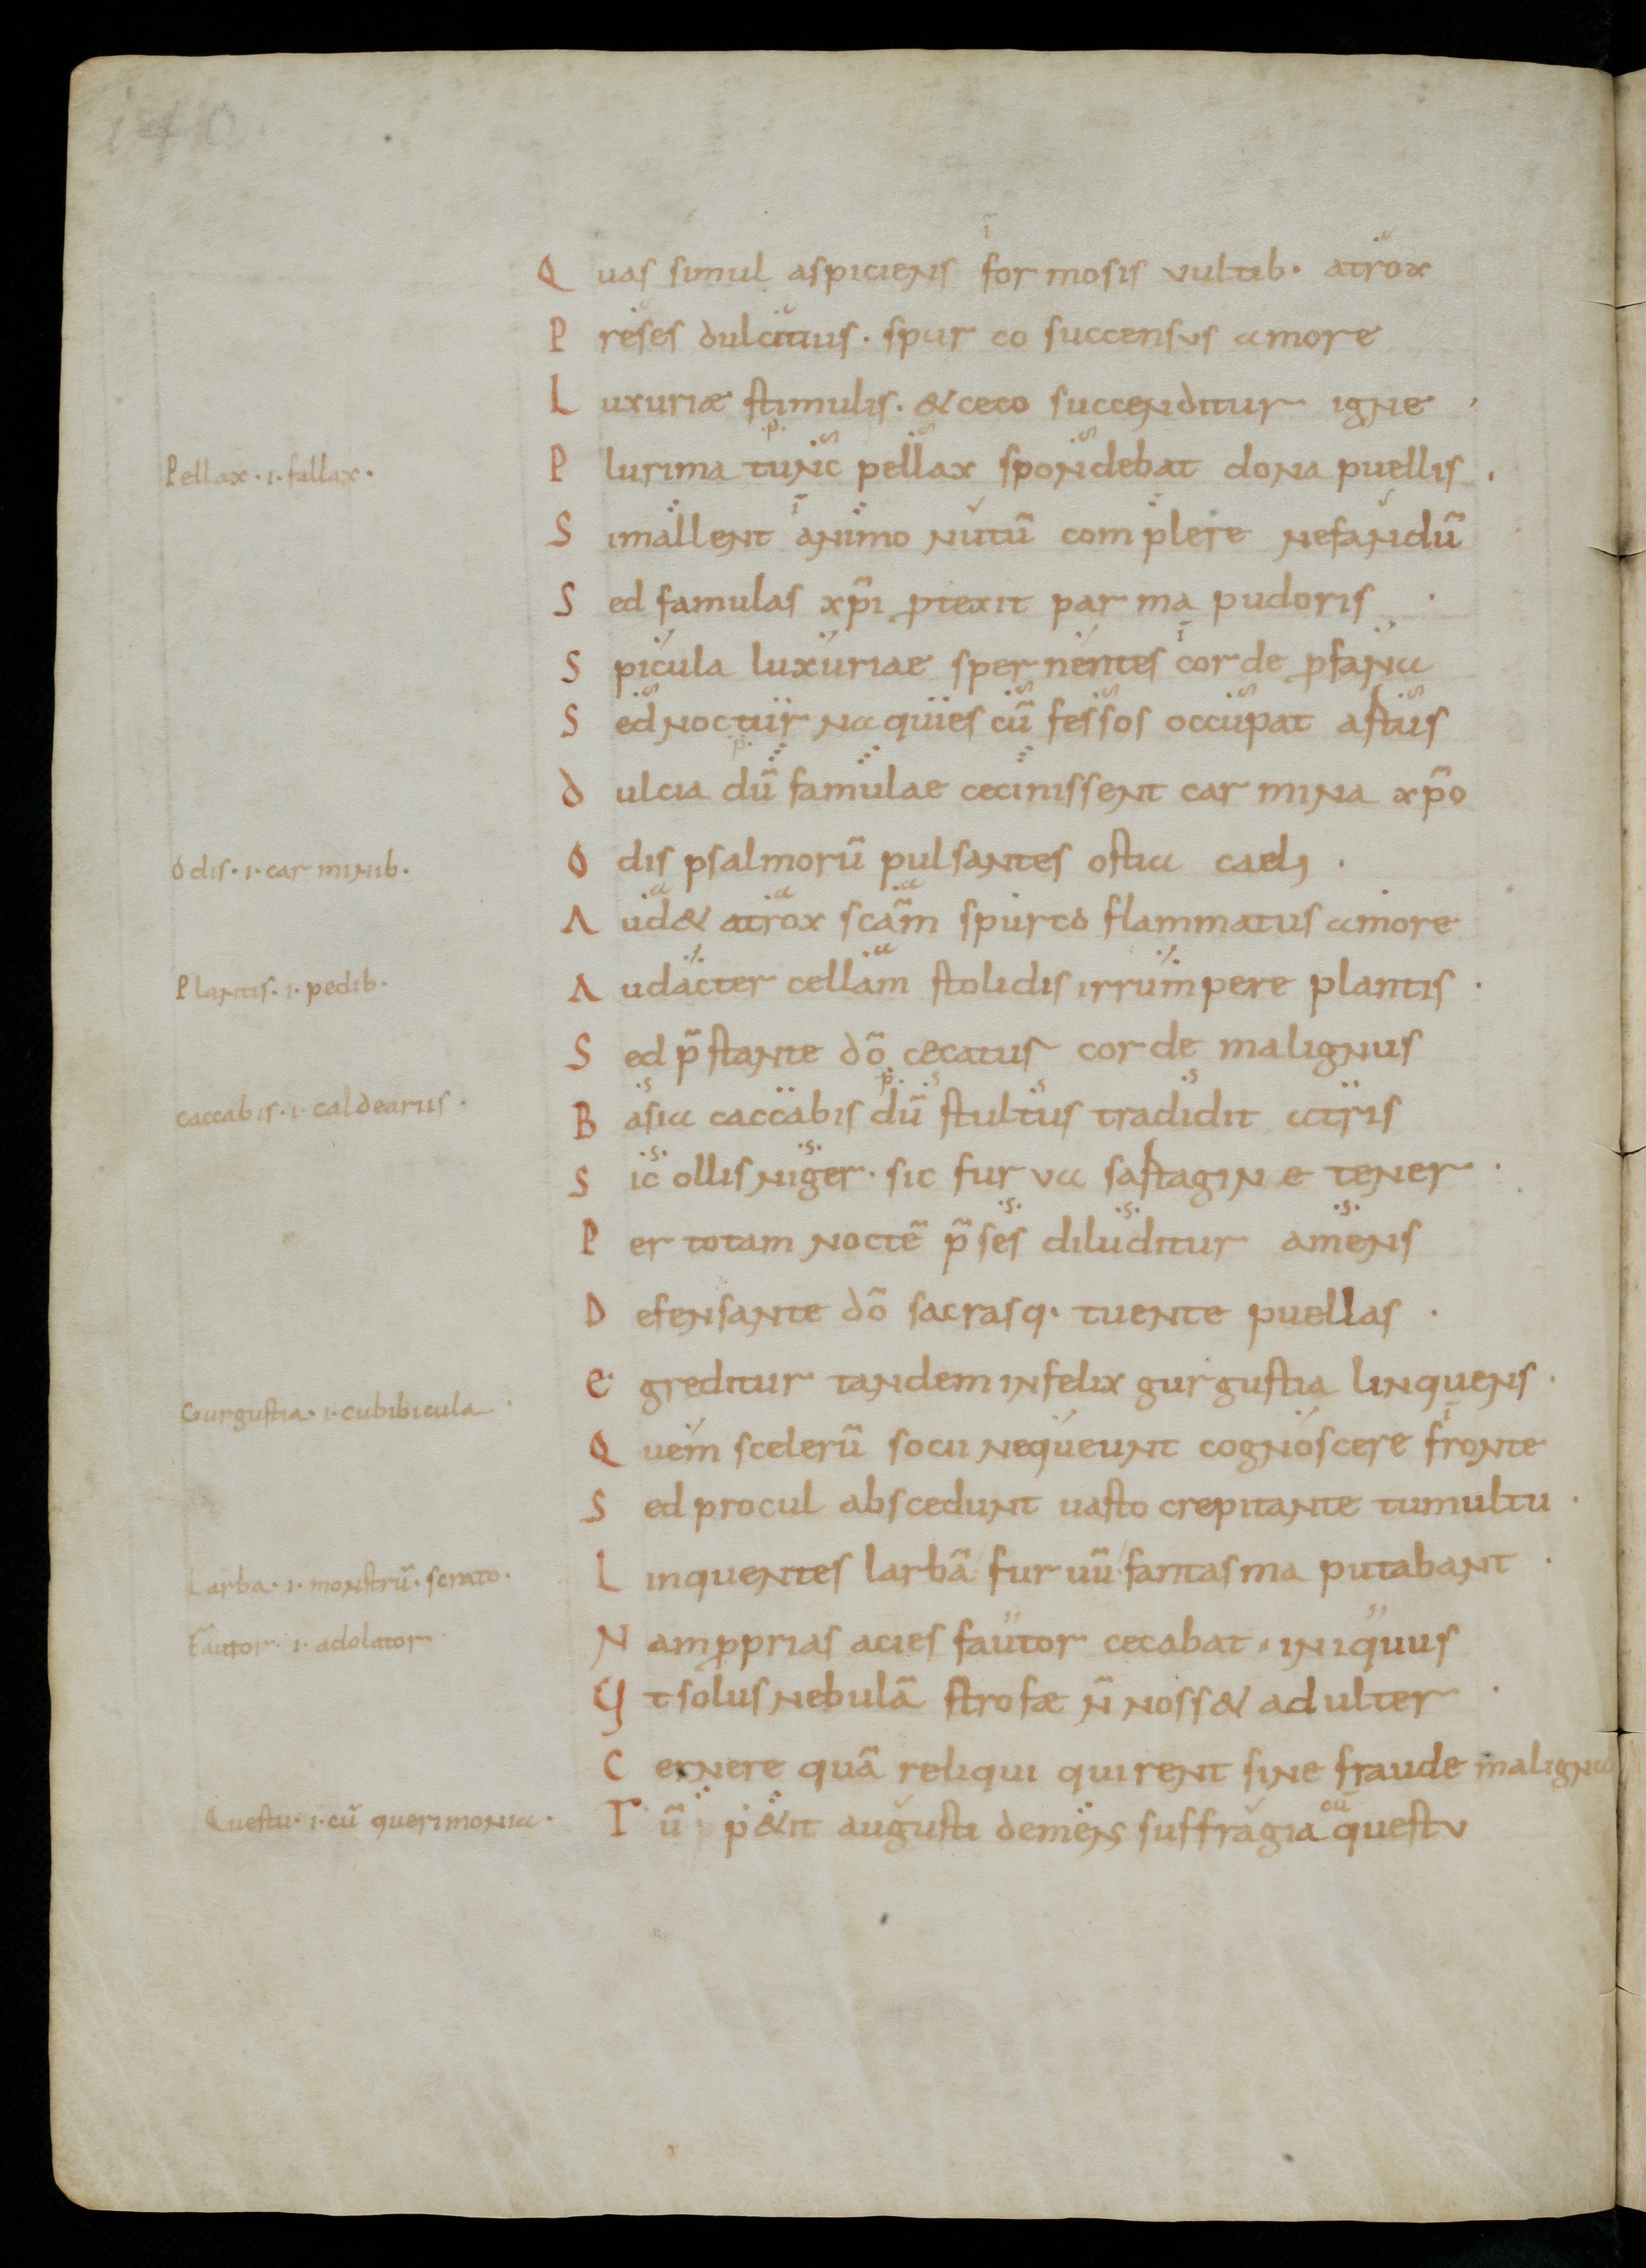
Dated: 900–999